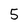
Character: 5